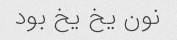
نون یخ یخ بود